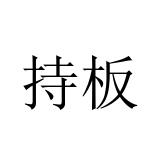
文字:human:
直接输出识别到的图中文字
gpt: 持板